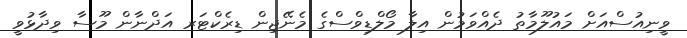
ވީނިއުސްއަށް މައުލޫމާތު ދެއްވަމުން އިލާ މޯލްޑިވްސްގެ މެނޭޖިން ޑިރެކްޓަރ އަދްނާން މޫސާ ވިދާޅުވީ